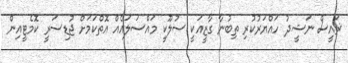
ޜައީސް ނަޝީދު ހައްޔަރުކުރި ތިބުނާ ގާޒީއަކީ ސުލޫކީ މައްސަލައެއް އޮތްކަމަށް ޖުޑިސަރީ ކޮމެޓީއިން